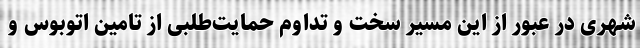
شهری در عبور از این مسیر سخت و تداوم حمایت‌طلبی از تامین اتوبوس و